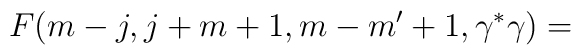
F(m-j,j+m+1,m-m'+1,\gamma ^{*}\gamma )=